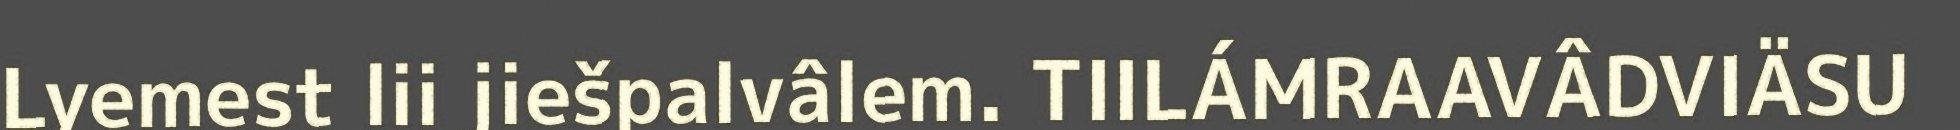
Lyemest lii jiešpalvâlem. TIILÁMRAAVÂDVIÄSU